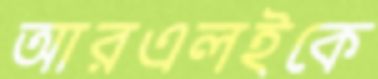
আরএলইকে